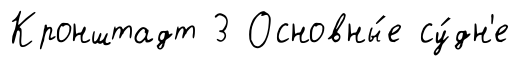
Кронштадт 3 Основны́е су́дн'е